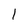
Character: I